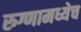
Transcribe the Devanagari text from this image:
रुग्णामध्येच